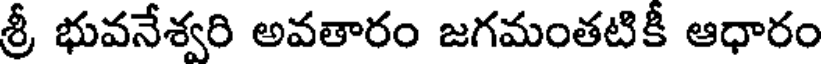
శ్రీ భువనేశ్వరి అవతారం జగమంతటికీ ఆధారం